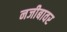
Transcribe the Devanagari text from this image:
नजीबावर